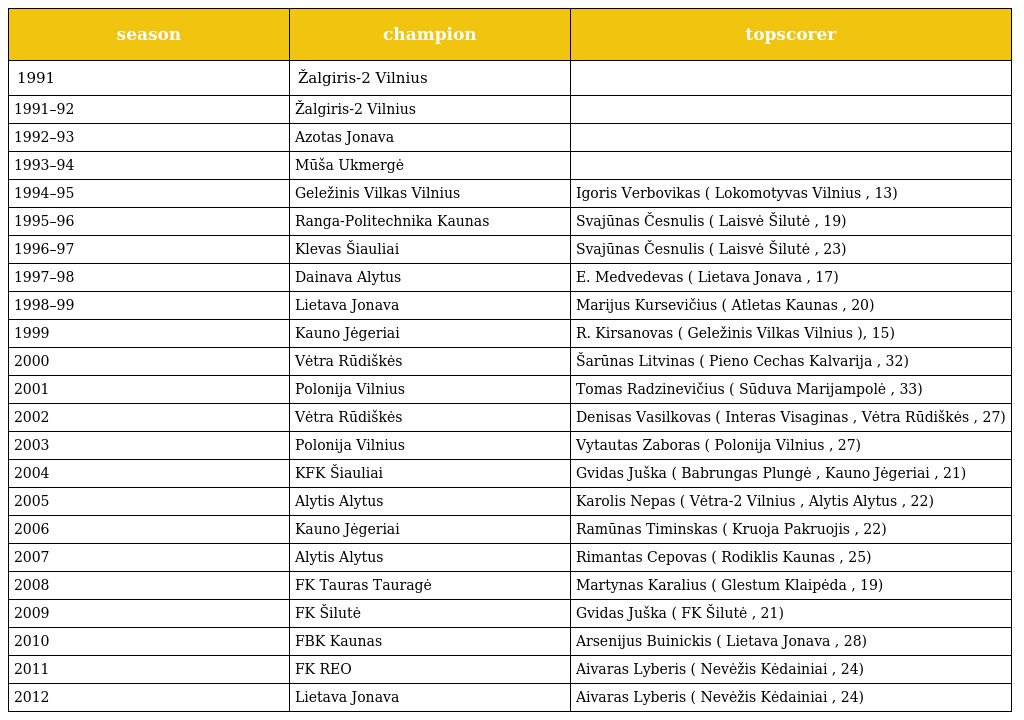
| season | champion | topscorer |
 | --- | --- | --- |
 | 1991 | Žalgiris-2 Vilnius |  |
 | 1991–92 | Žalgiris-2 Vilnius |  |
 | 1992–93 | Azotas Jonava |  |
 | 1993–94 | Mūša Ukmergė |  |
 | 1994–95 | Geležinis Vilkas Vilnius | Igoris Verbovikas ( Lokomotyvas Vilnius , 13) |
 | 1995–96 | Ranga-Politechnika Kaunas | Svajūnas Česnulis ( Laisvė Šilutė , 19) |
 | 1996–97 | Klevas Šiauliai | Svajūnas Česnulis ( Laisvė Šilutė , 23) |
 | 1997–98 | Dainava Alytus | E. Medvedevas ( Lietava Jonava , 17) |
 | 1998–99 | Lietava Jonava | Marijus Kursevičius ( Atletas Kaunas , 20) |
 | 1999 | Kauno Jėgeriai | R. Kirsanovas ( Geležinis Vilkas Vilnius ), 15) |
 | 2000 | Vėtra Rūdiškės | Šarūnas Litvinas ( Pieno Cechas Kalvarija , 32) |
 | 2001 | Polonija Vilnius | Tomas Radzinevičius ( Sūduva Marijampolė , 33) |
 | 2002 | Vėtra Rūdiškės | Denisas Vasilkovas ( Interas Visaginas , Vėtra Rūdiškės , 27) |
 | 2003 | Polonija Vilnius | Vytautas Zaboras ( Polonija Vilnius , 27) |
 | 2004 | KFK Šiauliai | Gvidas Juška ( Babrungas Plungė , Kauno Jėgeriai , 21) |
 | 2005 | Alytis Alytus | Karolis Nepas ( Vėtra-2 Vilnius , Alytis Alytus , 22) |
 | 2006 | Kauno Jėgeriai | Ramūnas Timinskas ( Kruoja Pakruojis , 22) |
 | 2007 | Alytis Alytus | Rimantas Cepovas ( Rodiklis Kaunas , 25) |
 | 2008 | FK Tauras Tauragė | Martynas Karalius ( Glestum Klaipėda , 19) |
 | 2009 | FK Šilutė | Gvidas Juška ( FK Šilutė , 21) |
 | 2010 | FBK Kaunas | Arsenijus Buinickis ( Lietava Jonava , 28) |
 | 2011 | FK REO | Aivaras Lyberis ( Nevėžis Kėdainiai , 24) |
 | 2012 | Lietava Jonava | Aivaras Lyberis ( Nevėžis Kėdainiai , 24) |